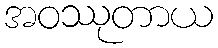
အဝဿုတာယ